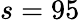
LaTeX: s=95